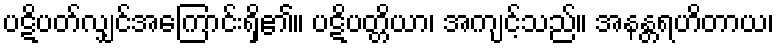
ပဋိပတ်လျှင်အကြောင်းရှိ၏။ ပဋိပတ္တိယာ၊ အကျင့်သည်။ အနန္တရဟိတာယ၊